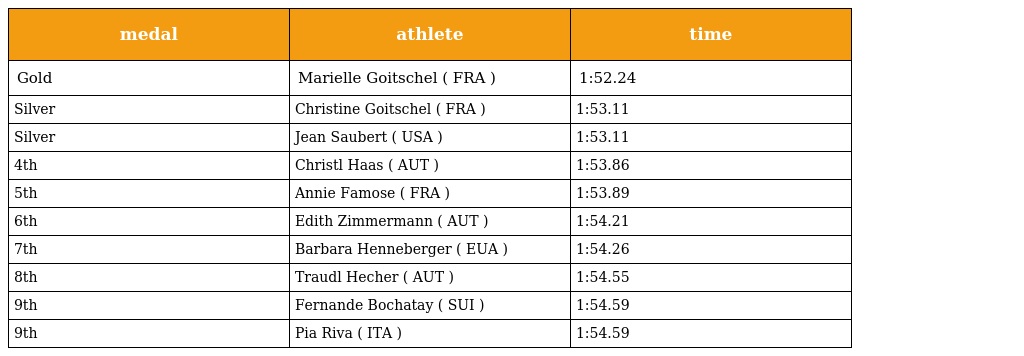
| medal | athlete | time |
 | --- | --- | --- |
 | Gold | Marielle Goitschel ( FRA ) | 1:52.24 |
 | Silver | Christine Goitschel ( FRA ) | 1:53.11 |
 | Silver | Jean Saubert ( USA ) | 1:53.11 |
 | 4th | Christl Haas ( AUT ) | 1:53.86 |
 | 5th | Annie Famose ( FRA ) | 1:53.89 |
 | 6th | Edith Zimmermann ( AUT ) | 1:54.21 |
 | 7th | Barbara Henneberger ( EUA ) | 1:54.26 |
 | 8th | Traudl Hecher ( AUT ) | 1:54.55 |
 | 9th | Fernande Bochatay ( SUI ) | 1:54.59 |
 | 9th | Pia Riva ( ITA ) | 1:54.59 |